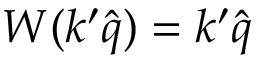
W ( k ^ { \prime } \hat { q } ) = k ^ { \prime } \hat { q }